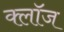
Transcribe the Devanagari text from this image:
क्लाॅज